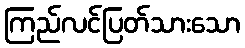
ကြည်လင်ပြတ်သားသော